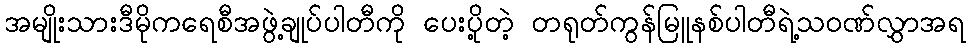
အမျိုးသားဒီမိုကရေစီအဖွဲ့ချုပ်ပါတီကို ပေးပို့တဲ့ တရုတ်ကွန်မြူနစ်ပါတီရဲ့သဝဏ်လွှာအရ